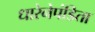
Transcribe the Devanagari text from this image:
धारेनेपंडिता